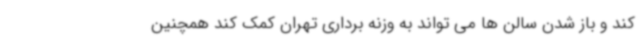
کند و باز شدن سالن ها می تواند به وزنه برداری تهران کمک کند همچنین